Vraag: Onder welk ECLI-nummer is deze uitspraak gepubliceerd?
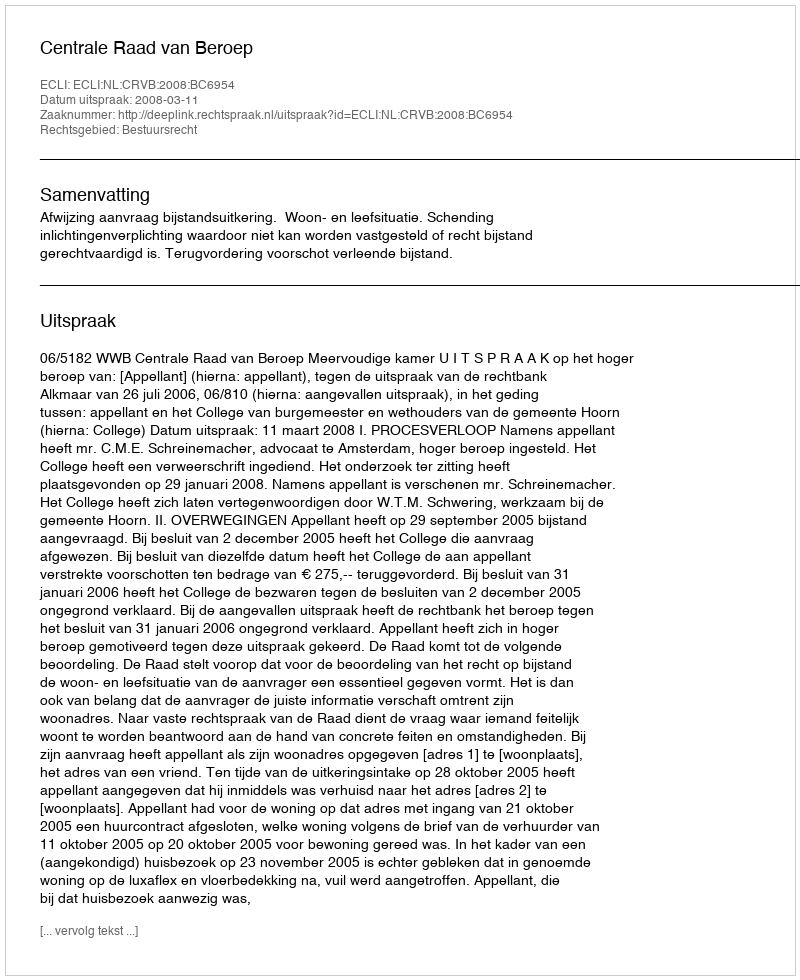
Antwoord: ECLI:NL:CRVB:2008:BC6954